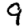
Digit: 9